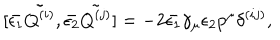
LaTeX: [ \bar { \epsilon _ { 1 } } \tilde { Q ^ { ( i ) } } , \bar { \epsilon _ { 2 } } \tilde { Q ^ { ( j ) } } ] = - 2 \bar { \epsilon _ { 1 } } \gamma _ { \mu } \epsilon _ { 2 } p ^ { \mu } \delta ^ { ( i j ) } ,